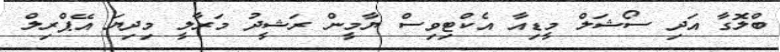
ބްލޮގާ އަދި ސޯޝަލް މީޑިއާ އެކްޓިވިސް ޔާމީން ރަޝީދު މަރާލީ މިދިޔަ އޭޕްރިލް